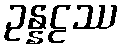
ဥန္နဠဿ